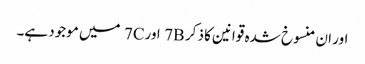
اور ان منسوخ شدہ قوانین کا ذکر 7B اور7C میں موجود ہے۔